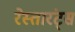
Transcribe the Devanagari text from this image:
रेस्तारंट्स